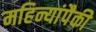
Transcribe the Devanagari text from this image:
महिन्यांपैकी